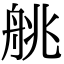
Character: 䑬